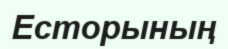
Есторының